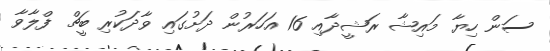
ސަން ހިޔާ މައިޝާ ރަޝީދާއި 16 އަހަރުން ދަށުގައި ވާދަކުރި ބީޗް ފްލާވާ